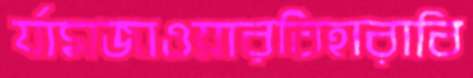
র‍্যামজাওয়ারবিহারাবি